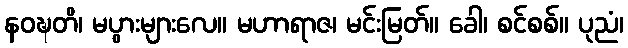
နဝဍ္ဎတိ၊ မပွားများလေ။ မဟာရာဇ၊ မင်းမြတ်။ ခေါ၊ စင်စစ်။ ပုညံ၊